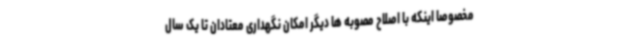
مخصوصا اینکه با اصلاح مصوبه ها دیگر امکان نگهداری معتادان تا یک سال